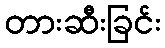
တားဆီးခြင်း